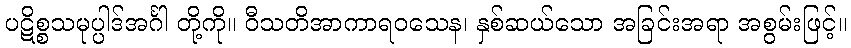
ပဋိစ္စသမုပ္ပါဒ်အင်္ဂါ တို့ကို။ ဝီသတိအာကာရဝသေန၊ နှစ်ဆယ်သော အခြင်းအရာ အစွမ်းဖြင့်။